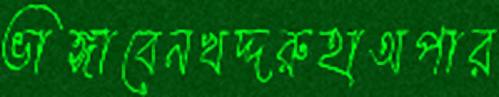
ভাঙ্গাবেনখদ্দরুহাঅপার